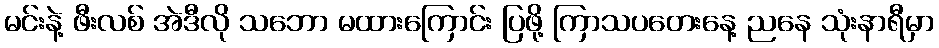
မင်းနဲ့ ဖီးလစ် အဲဒီလို သဘော မထားကြောင်း ပြဖို့ ကြာသပတေးနေ့ ညနေ သုံးနာရီမှာ